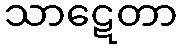
သာဋေတာ